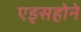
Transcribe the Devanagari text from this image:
एड्सहोने